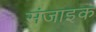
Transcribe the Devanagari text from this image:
संजाइक